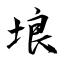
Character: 埌